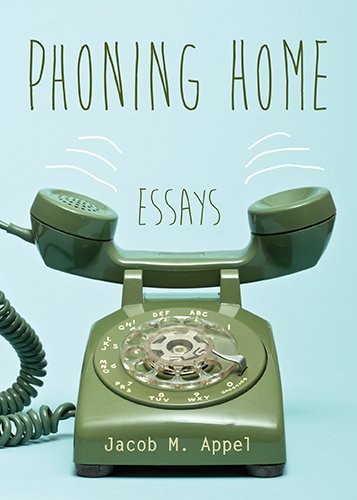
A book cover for Phoning Home: Essays; Jacob M. Appel; Law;